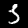
Digit: 3